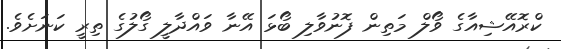
ކްރޮއޭޝިއާގެ ވޯލް މަތިން ފޮނުވާލި ބޯޅަ އޭނާ ވައްދާލީ ގޯލުގެ ތިރީ ކަނަށެވެ.